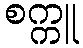
စက္ကူ